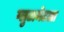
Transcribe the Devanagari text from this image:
ग्लुटामेटला